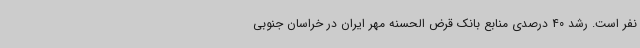
نفر است. رشد 40 درصدی منابع بانک قرض الحسنه مهر ایران در خراسان جنوبی